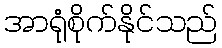
အာရုံစိုက်နိုင်သည်